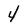
Character: 4